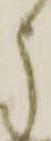
う